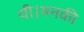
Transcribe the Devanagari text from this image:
थी।मनकी